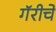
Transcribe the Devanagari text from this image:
गॅरीचे